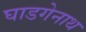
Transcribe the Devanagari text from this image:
घाडगेनाथ